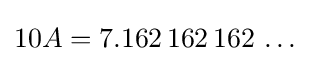
10A=7.162\,162\,162\,\ldots